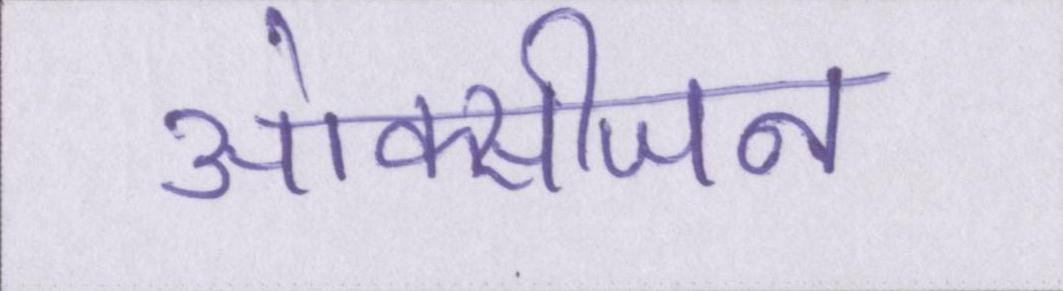
ओक्सीजन